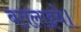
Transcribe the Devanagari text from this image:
बतलाइये।